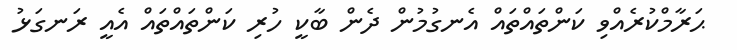
ޙަރާމްކުރެއްވި ކަންތައްތައް އެނގުމުން ދެން ބާކީ ހުރި ކަންތައްތައް އެއީ ރަނގަޅު